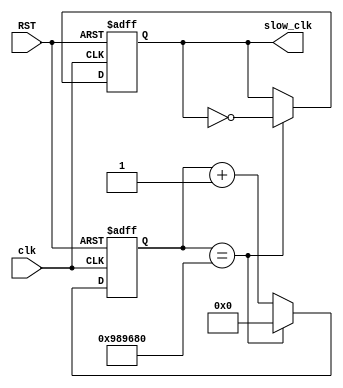
`timescale 1ns / 1ps

module CF_slowclk(
					clk,
					RST,
					slow_clk
    );

input clk, RST;
output slow_clk;

reg [25:0] count=26'b0;
reg slow_clk;


always @ (posedge clk or posedge RST)

	if (RST==1'b1) begin
	slow_clk <= 1'b0;
	count <= 26'b0;
	end else begin
		if (count==26'd10000000) begin
			slow_clk <= (~slow_clk);
			count <= 26'b0;
		end else begin
		count <= count +1'b1;
		end
	end

endmodule